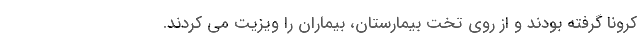
کرونا گرفته بودند و از روی تخت بیمارستان، بیماران را ویزیت می کردند.